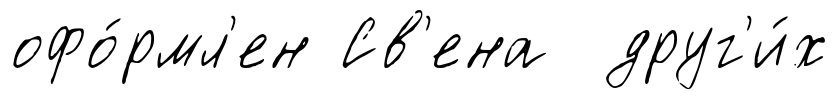
офо́рмл'ен Св'ена друг'и́х